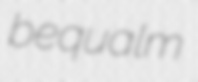
bequalm